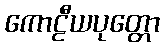
ကောဠီယပုတ္တော